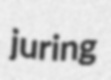
juring